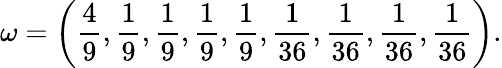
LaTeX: \omega=\left(\frac{4}{9},\frac{1}{9},\frac{1}{9},\frac{1}{9},\frac{1}{9},\frac{1}{36},\frac{1}{36},\frac{1}{36},\frac{1}{36}\right).